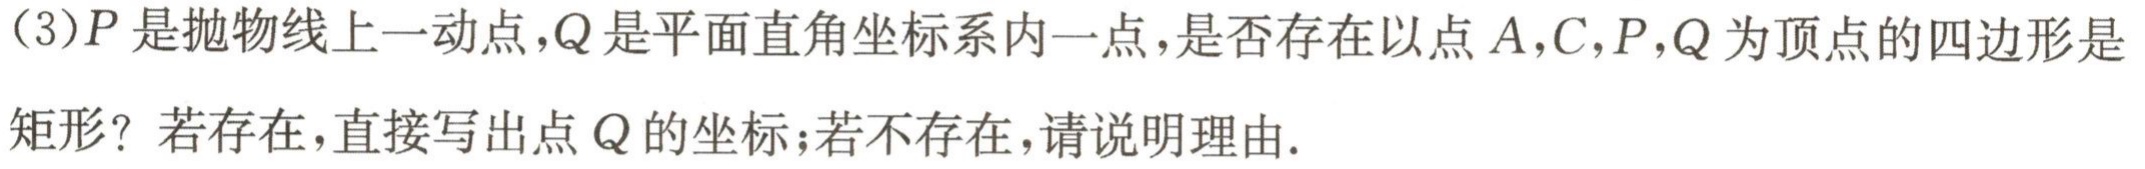
(3)\(P\)是抛物线上一动点，\(Q\)是平面直角坐标系内一点，是否存在以点\(A,C,P,Q\)为顶点的四边形是矩形？若存在，直接写出点\(Q\)的坐标；若不存在，请说明理由.